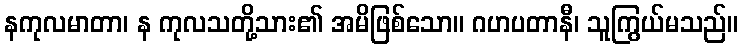
နကုလမာတာ၊ န ကုလသတို့သား၏ အမိဖြစ်သော။ ဂဟပတာနီ၊ သူကြွယ်မသည်။